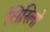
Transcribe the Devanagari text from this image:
सिरिलो